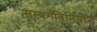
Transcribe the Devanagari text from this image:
सम्यगविनियोग